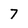
Character: 7